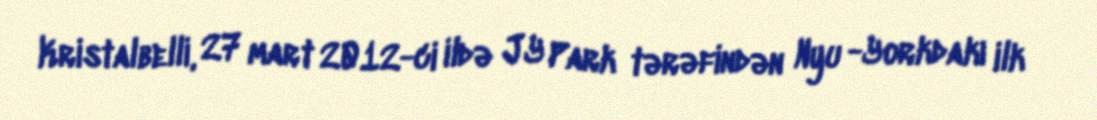
Kristalbelli, 27 mart 2012-ci ildə JY Park tərəfindən Nyu -Yorkdakı ilk